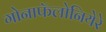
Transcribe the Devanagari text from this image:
गोनाफॅलोनियेरे